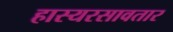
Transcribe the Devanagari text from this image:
हास्यरसावतार